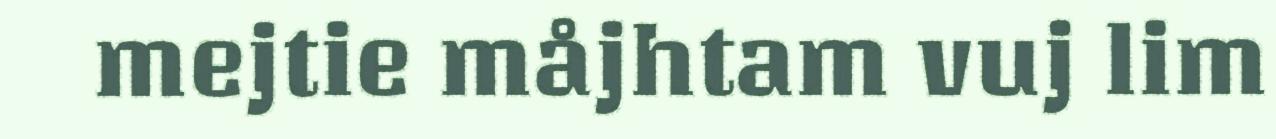
mejtie måjhtam vuj lim